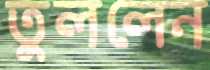
তুললেন